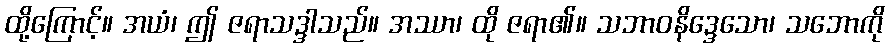
ထို့ကြောင့်။ အယံ၊ ဤ ဇရာသဒ္ဒါသည်။ အဿာ၊ ထို ဇရာ၏။ သဘာဝနိဒ္ဒေသော၊ သဘောကို